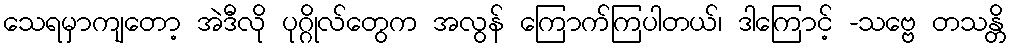
သေရမှာကျတော့ အဲဒီလို ပုဂ္ဂိုလ်တွေက အလွန် ကြောက်ကြပါတယ်၊ ဒါကြောင့် -သဗ္ဗေ တသန္တိ